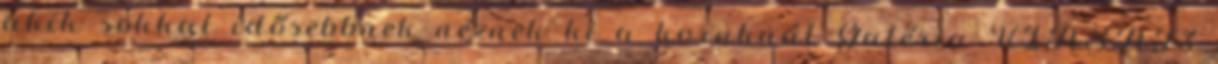
akik sokkal idősebbnek néznek ki a koruknál Galéria VIASAT3